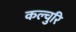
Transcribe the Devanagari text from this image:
कल्चुरि